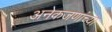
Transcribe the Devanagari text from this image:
अनेकजणांच्या